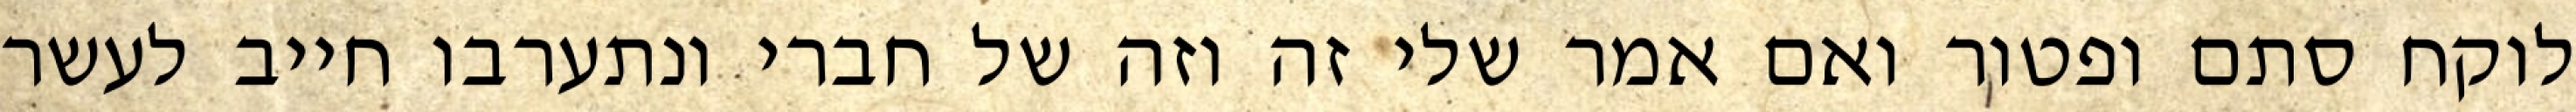
לוקח סתם ופטור ואם אמר שלי זה וזה של חברי ונתערבו חייב לעשר